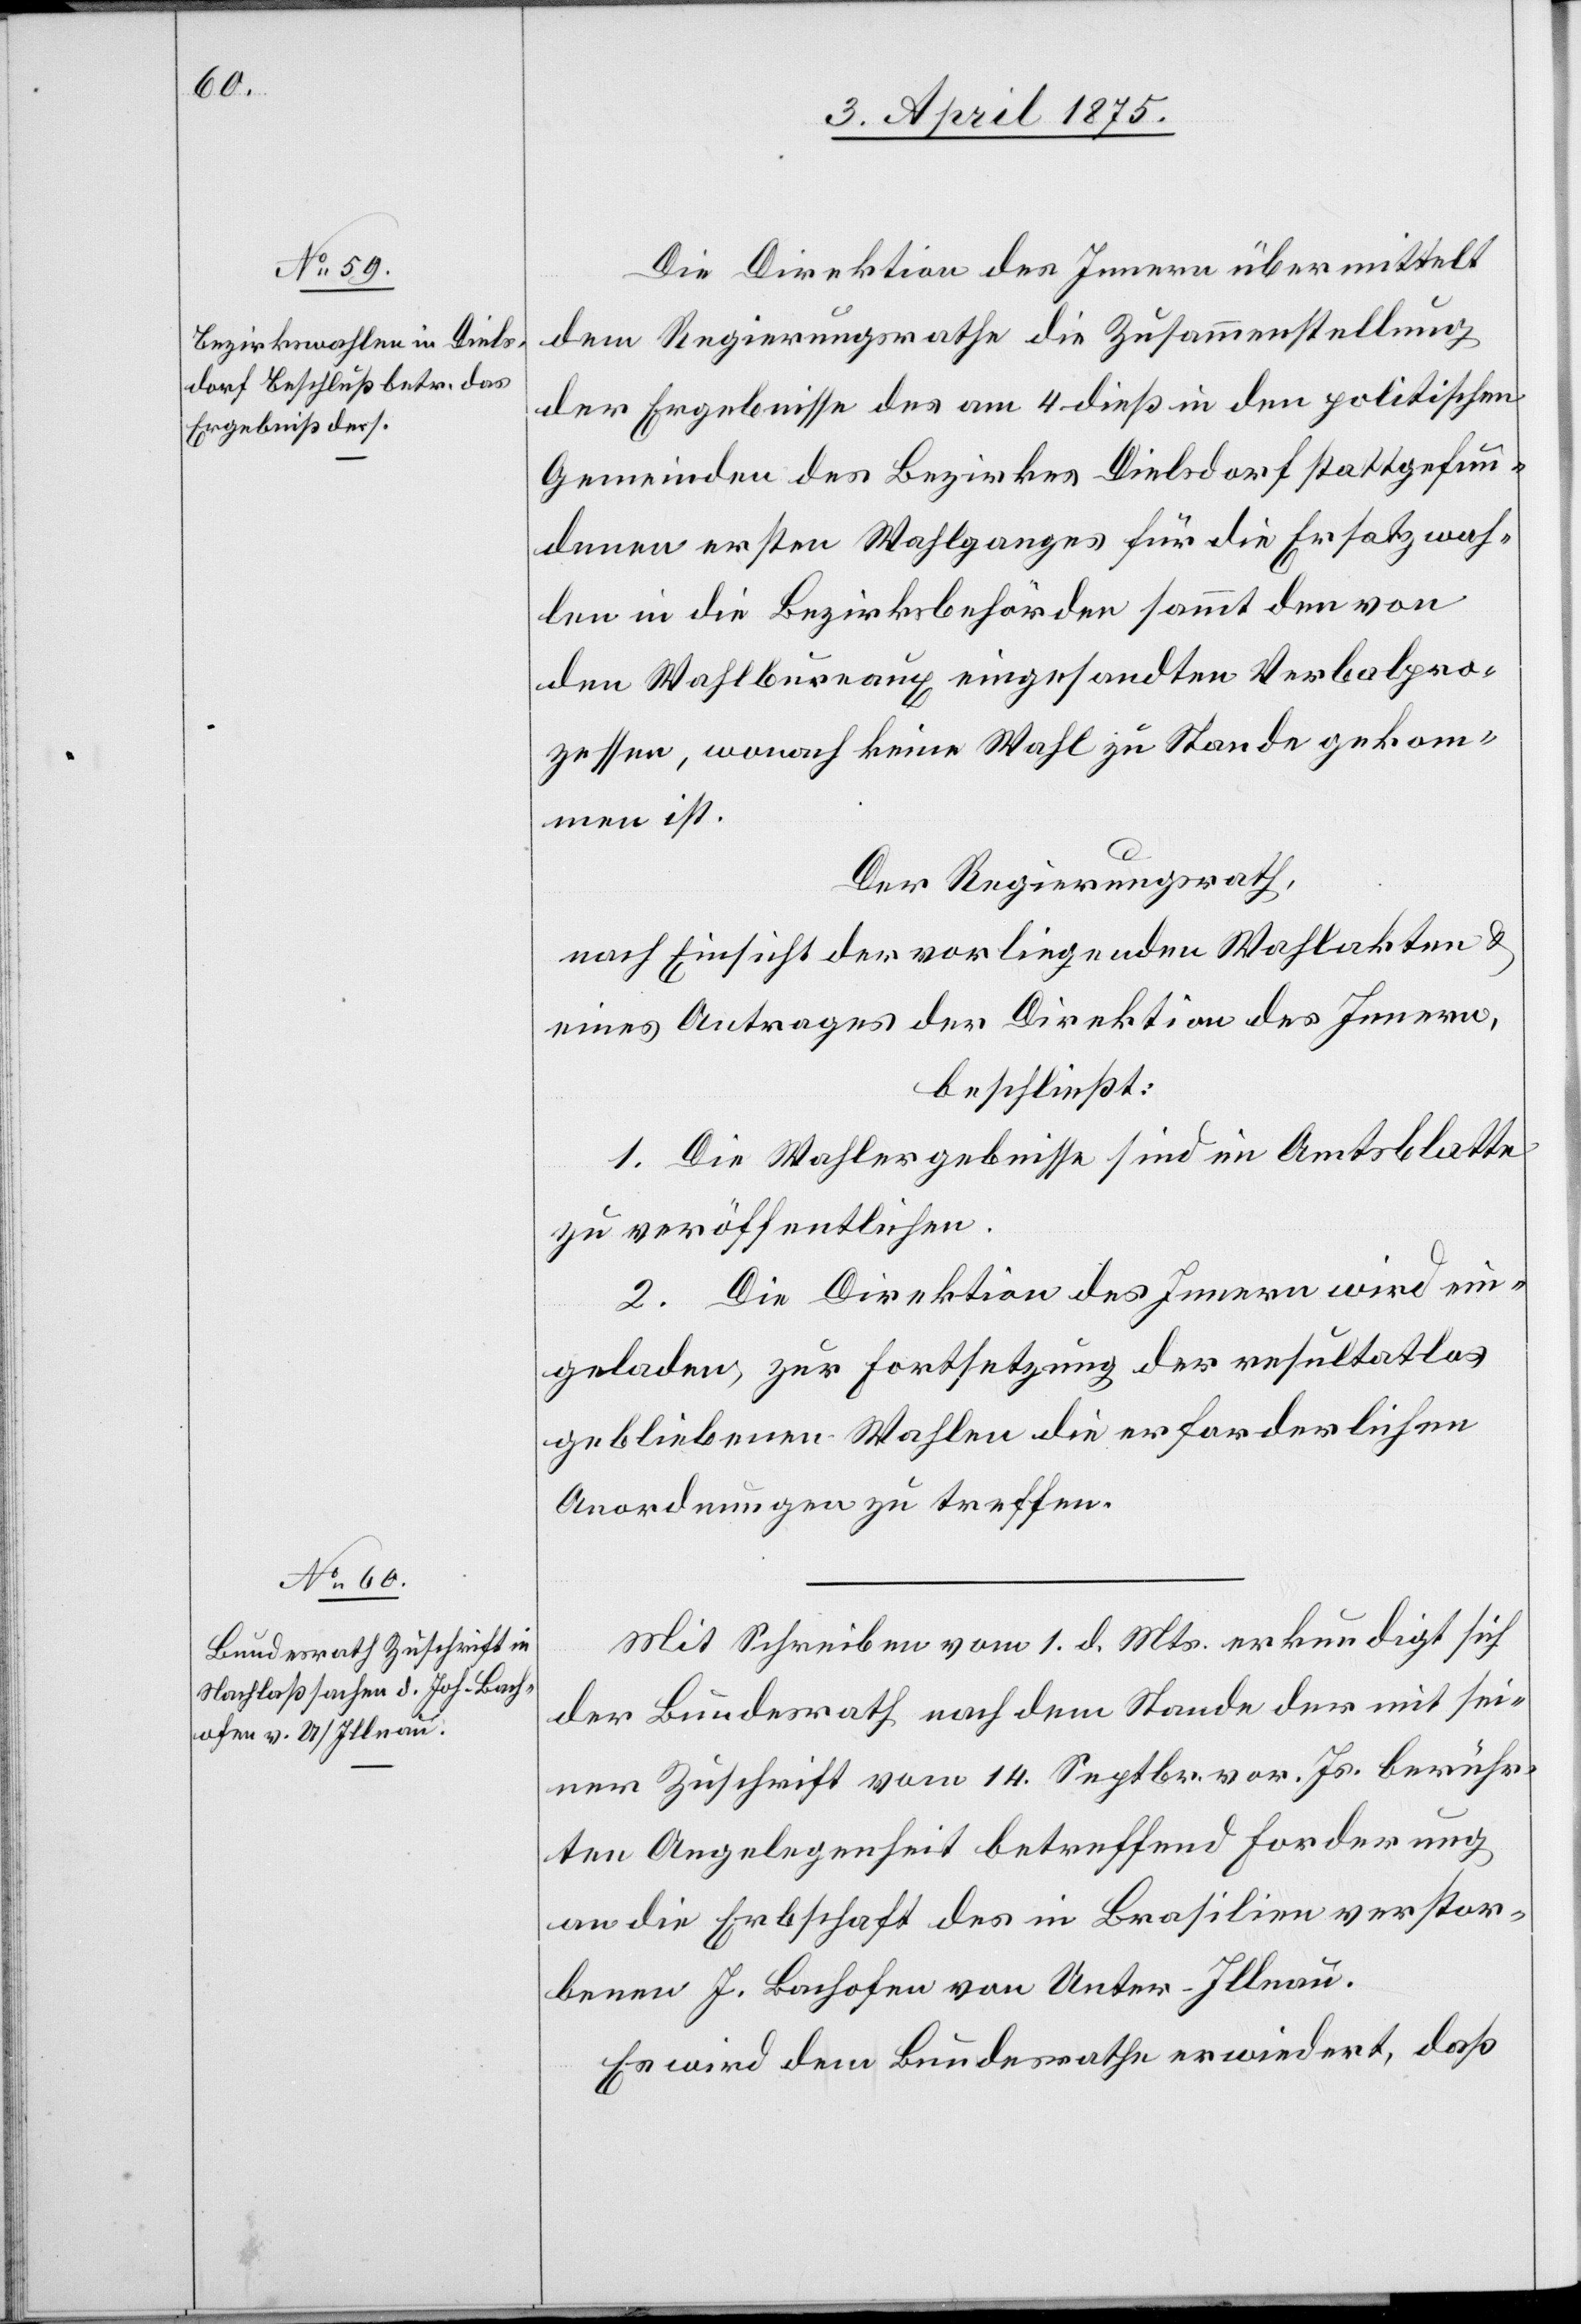
7. April 1875.]
Die Direktion des Innern übermittelt
dem Regierungsrathe die Zusammenstellung
der Ergebnisse des am 4. dieß in den politischen
Gemeinden des Bezirkes Dielsdorf stattgefun¬
denen ersten Wahlganges für die Ersatzwah¬
len in die Bezirksbehörde sammt den von
den Wahlbureaux eingesandten Verbalpro¬
zessen, wonach keine Wahl zu Stande gekom¬
men ist.
Der Regierungsrath,
nach Einsicht der vorliegenden Wahlakten &
eines Antrages der Direktion des Innern,
beschließt:
1. Die Wahlergebnisse sind im Amtsblatte
zu veröffentlichen.
2. Die Direktion des Innern wird ein¬
geladen zur Fortsetzung der resultatlos
gebliebenen Wahlen die erforderlichen
Anordnungen zu treffen.
Mit Schreiben vom 1. d. Mts. erkundigt sich
der Bundesrath nach dem Stande der mit sei¬
ner Zuschrift vom 14. Septbr. vor. Js. berühr¬
ten Angelegenheit betreffend Forderung
an die Erbschaft des in Brasilien verstor¬
benen J. Bachofen von Unter-Illnau.
Es wird dem Bundesrathe erwiedert, daß